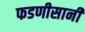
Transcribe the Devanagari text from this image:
फडणीसानी